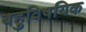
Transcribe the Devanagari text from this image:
बहुविषयिक